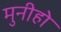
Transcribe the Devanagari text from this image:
मुनीहो